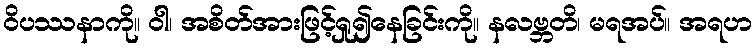
ဝိပဿနာကို။ ဝါ၊ အစိတ်အားဖြင့်ရှု၍နေခြင်းကို။ နလဗ္ဘတိ၊ မရအပ်။ အရဟ